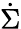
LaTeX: \dot{\Sigma}